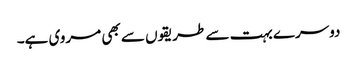
دوسرے بہت سے طریقوں سے بھی مروی ہے۔